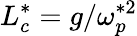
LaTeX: L_{c}^{*}=g/\omega_{p}^{*2}